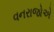
વનરાજોએ